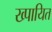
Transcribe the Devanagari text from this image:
ख्पायित